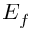
E _ { f }